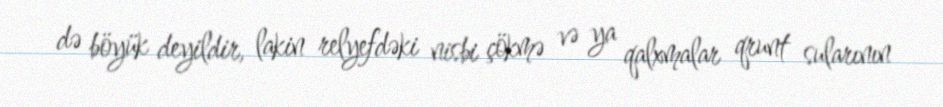
də böyük deyildir, lakin relyefdəki nisbi çökmə və ya qalxmalar qrunt sularının